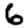
Digit: 6